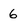
Character: 6